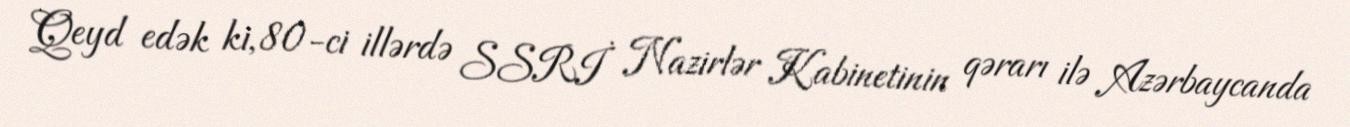
Qeyd edək ki, 80-ci illərdə SSRİ Nazirlər Kabinetinin qərarı ilə Azərbaycanda